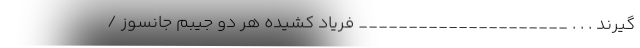
گیرند . . . _____________________ فریاد کشیده هر دو جیبم جانسوز /